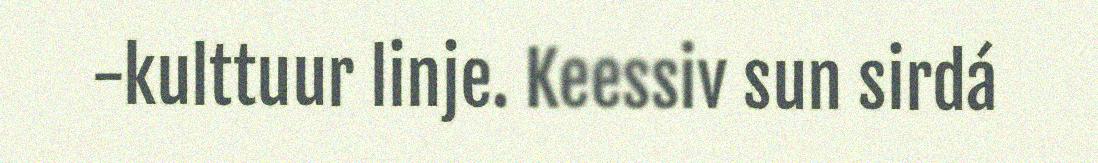
-kulttuur linje. Keessiv sun sirdá